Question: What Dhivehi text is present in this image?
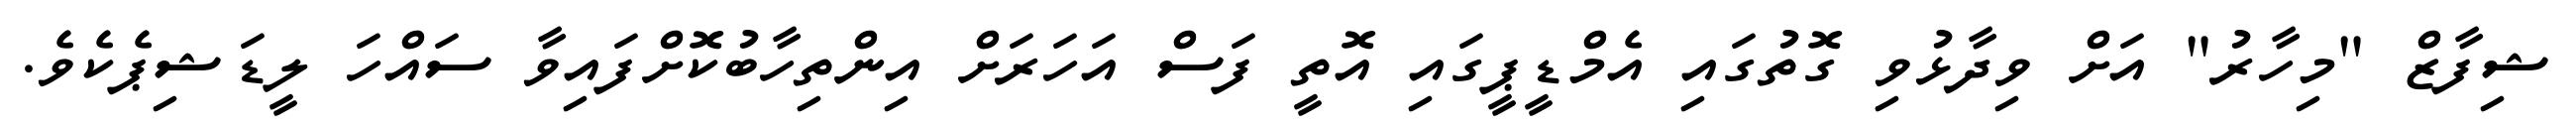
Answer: ޝިފާޒް "މިހާރު" އަށް ވިދާޅުވި ގޮތުގައި އެމްޑީޕީގައި އޮތީ ފަސް އަހަރަށް އިންތިހާބުކޮށްފައިވާ ސައްހަ ލީޑަޝިޕެކެވެ.